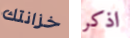
خزانتك اذكر